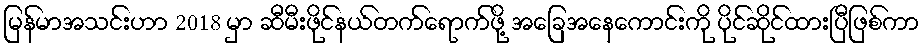
မြန်မာအသင်းဟာ 2018 မှာ ဆီမီးဖိုင်နယ်တက်ရောက်ဖို့ အခြေအနေကောင်းကို ပိုင်ဆိုင်ထားပြီဖြစ်ကာ